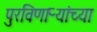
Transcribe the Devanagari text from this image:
पुरविणाऱ्यांच्या